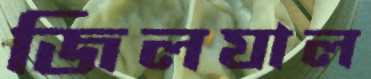
জিলযাল